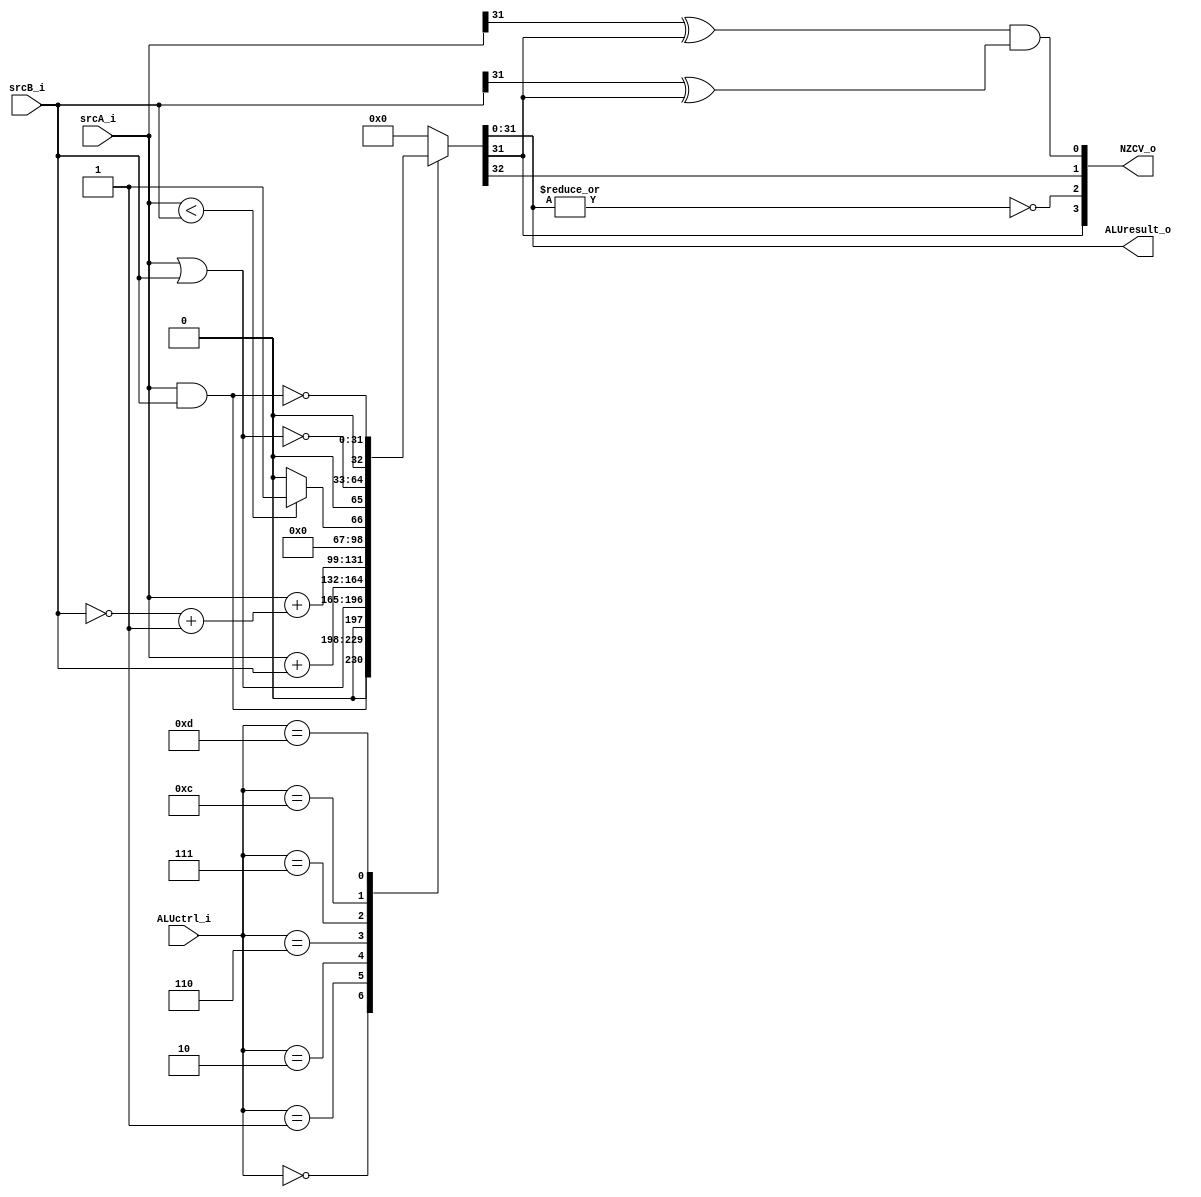
//*****************************************************************************
// Module Declaration
module ALU
(
    srcA_i,
    srcB_i,
    ALUctrl_i,
    ALUresult_o,
    NZCV_o
);
//*****************************************************************************
    // I/O Port Declaration
    input  [32-1:0] srcA_i;      // 32 bits source A
    input  [32-1:0] srcB_i;      // 32 bits source B
    input  [ 4-1:0] ALUctrl_i;   // 4 bits ALU control signals
    output [32-1:0] ALUresult_o; // 32 bits ALU operation result
    output [ 4-1:0] NZCV_o;      // N: Negative, Z: Zero, C: Carry, V: Overflow

    // Global variables Declaration
    // System
    reg    [33-1:0] result; // ALU operation result (include carry out bit)

    // System conection
    // Output
    assign ALUresult_o = result[31:0];
    assign NZCV_o[3]   = result[31];       // Sign bit
    assign NZCV_o[2]   = ~(|result[31:0]); // NOR all bits
    assign NZCV_o[1]   = result[32];       // Carry out bit (only for addition/subtract)
    assign NZCV_o[0]   = (srcA_i[31] ^ result[31]) & (srcB_i[31] ^ result[31]); // Positive/Negative overflow
//*****************************************************************************
// Block : ALU operation with behavioral description
    always @(*)
    begin
        case(ALUctrl_i) 
            4'b0000: result = {1'b0, srcA_i & srcB_i};                             // AND
            4'b0001: result = {1'b0, srcA_i | srcB_i};                             // OR 
            4'b0010: result = {1'b0, srcA_i} + {1'b0, srcB_i};                     // Addition (signed)
            4'b0110: result = {1'b0, srcA_i} + {1'b0, (~srcB_i + 1'b1)};           // Subtract (signed)
            4'b0111: result = ($signed(srcA_i) < $signed(srcB_i)) ? 33'd1 : 33'd0; // Set less than (signed)
            4'b1100: result = {1'b0, ~(srcA_i | srcB_i)};                          // NOR
            4'b1101: result = {1'b0, ~(srcA_i & srcB_i)};                          // NAND
            default: result = 33'd0;                                               // Default: 0
        endcase
    end
//*****************************************************************************
endmodule